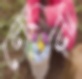
লেংটি